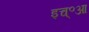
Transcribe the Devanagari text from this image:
इच्॰आ